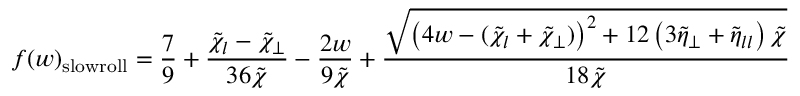
f ( w ) _ { \mathrm { s l o w r o l l } } = \frac { 7 } { 9 } + \frac { \tilde { \chi } _ { l } - \tilde { \chi } _ { \perp } } { 3 6 \tilde { \chi } } - \frac { 2 w } { 9 \tilde { \chi } } + \frac { \sqrt { \left( 4 w - ( \tilde { \chi } _ { l } + \tilde { \chi } _ { \perp } ) \right) ^ { 2 } + 1 2 \left( 3 \tilde { \eta } _ { \perp } + \tilde { \eta } _ { l l } \right) \tilde { \chi } } } { 1 8 \tilde { \chi } }